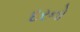
દરનો